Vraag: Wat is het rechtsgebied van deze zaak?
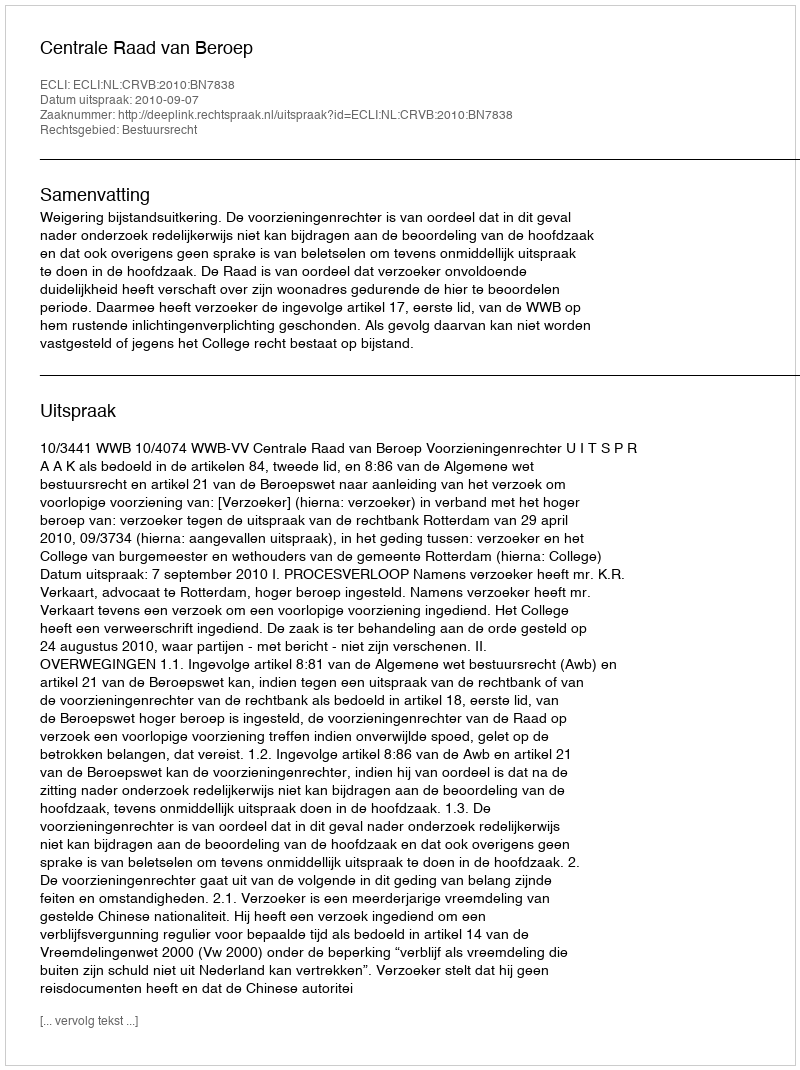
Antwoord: Bestuursrecht